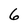
Character: 6